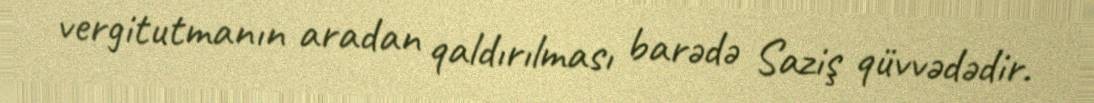
vergitutmanın aradan qaldırılması barədə Saziş qüvvədədir.